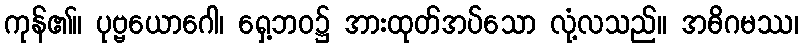
ကုန်၏။ ပုဗ္ဗယောဂေါ၊ ရှေ့ဘဝ၌ အားထုတ်အပ်သော လုံ့လသည်။ အဓိဂမဿ၊